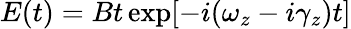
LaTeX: E(t)=Bt\exp[-i(\omega_{z}-i\gamma_{z})t]